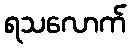
ရသလောက်